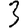
Digit: 3